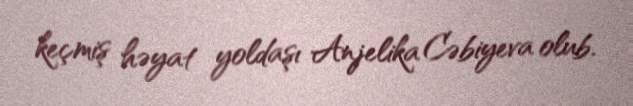
keçmiş həyat yoldaşı Anjelika Cəbiyeva olub.